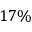
1 7 \%